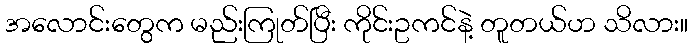
အလောင်းတွေက မည်းကြုတ်ပြီး ကိုင်းဥကင်နဲ့ တူတယ်ဟ သိလား။